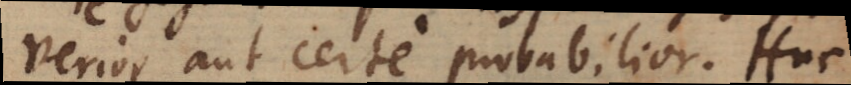
verior aut certe probabilior. Huc